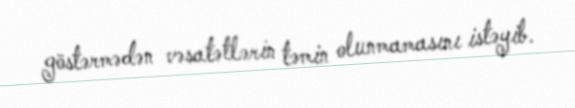
göstərmədən vəsatətlərin təmin olunmamasını istəyib.